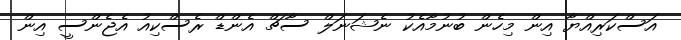
އަސްކަރިއްޔާ އިން މިހެން ބުނުމާއެކު ނެޝަނަލް ސާޗް އެންޑް ރެސްކިއު އެޖެންސީ އިން